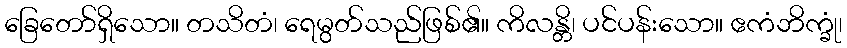
ခြေတော်ရှိသော။ တသိတံ၊ ရေမွတ်သည်ဖြစ်၏။ ကိလန္တိ၊ ပင်ပန်းသော။ ဧကံဘိက္ခုံ၊